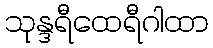
သုန္ဒရီထေရီဂါထာ